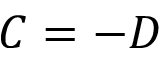
C = - D